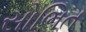
સોભિત